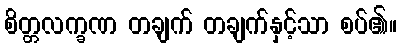
စိတ္တလက္ခဏ တချက် တချက်နှင့်သာ စပ်၏။